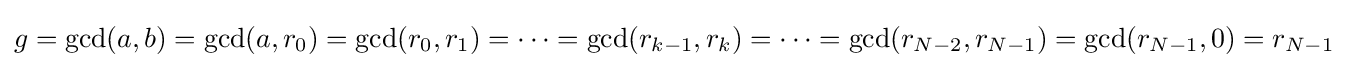
g=\gcd(a,b)=\gcd(a,r_{0})=\gcd(r_{0},r_{1})=\dots =\gcd(r_{k-1},r_{k})=\dots =\gcd(r_{N-2},r_{N-1})=\gcd(r_{N-1},0)=r_{N-1}